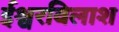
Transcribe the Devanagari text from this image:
ईश्वरविलाश